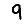
Digit: 9